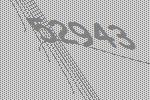
52943